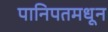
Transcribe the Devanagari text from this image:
पानिपतमधून